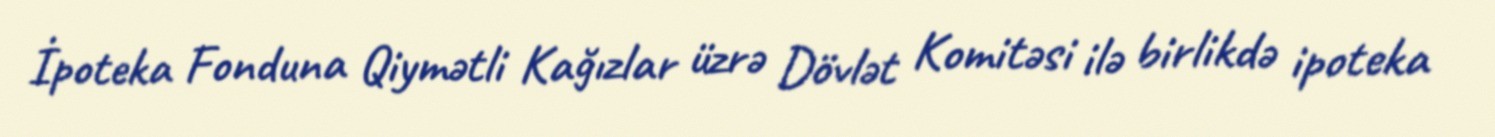
İpoteka Fonduna Qiymətli Kağızlar üzrə Dövlət Komitəsi ilə birlikdə ipoteka